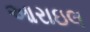
આરાઇલ